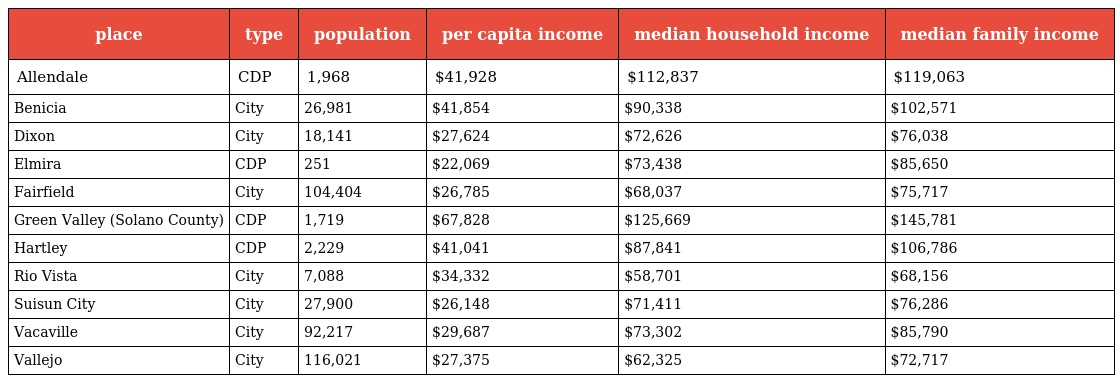
| place | type | population | per capita income | median household income | median family income |
 | --- | --- | --- | --- | --- | --- |
 | Allendale | CDP | 1,968 | $41,928 | $112,837 | $119,063 |
 | Benicia | City | 26,981 | $41,854 | $90,338 | $102,571 |
 | Dixon | City | 18,141 | $27,624 | $72,626 | $76,038 |
 | Elmira | CDP | 251 | $22,069 | $73,438 | $85,650 |
 | Fairfield | City | 104,404 | $26,785 | $68,037 | $75,717 |
 | Green Valley (Solano County) | CDP | 1,719 | $67,828 | $125,669 | $145,781 |
 | Hartley | CDP | 2,229 | $41,041 | $87,841 | $106,786 |
 | Rio Vista | City | 7,088 | $34,332 | $58,701 | $68,156 |
 | Suisun City | City | 27,900 | $26,148 | $71,411 | $76,286 |
 | Vacaville | City | 92,217 | $29,687 | $73,302 | $85,790 |
 | Vallejo | City | 116,021 | $27,375 | $62,325 | $72,717 |